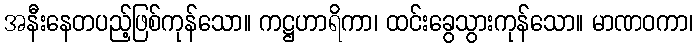
အနီးနေတပည့်ဖြစ်ကုန်သော။ ကဋ္ဌဟာရိကာ၊ ထင်းခွေသွားကုန်သော။ မာဏဝကာ၊